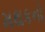
મથકનો